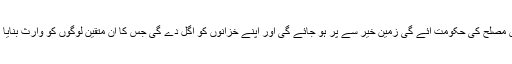
جب اس مصلح کی حکومت آئے گی زمین خیر سے پر ہو جائے گی اور اپنے خزانوں کو اگل دے گی جس کا ان متقین لوگوں کو وارث بنایا گیا ہے۔